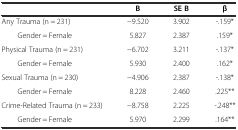
<table><thead><tr><td></td><td><b>B</b></td><td><b>SE B</b></td><td><b>β</b></td></tr></thead><tbody><tr><td>Any Trauma (n = 231)</td><td>−9.520</td><td>3.902</td><td>-.159*</td></tr><tr><td>Gender = Female</td><td>5.827</td><td>2.387</td><td>.159*</td></tr><tr><td>Physical Trauma (n = 231)</td><td>−6.702</td><td>3.211</td><td>-.137*</td></tr><tr><td>Gender = Female</td><td>5.930</td><td>2.400</td><td>.162*</td></tr><tr><td>Sexual Trauma (n = 230)</td><td>−4.906</td><td>2.387</td><td>-.138*</td></tr><tr><td>Gender = Female</td><td>8.228</td><td>2.460</td><td>.225**</td></tr><tr><td>Crime-Related Trauma (n = 233)</td><td>−8.758</td><td>2.225</td><td>-.248**</td></tr><tr><td>Gender = Female</td><td>5.970</td><td>2.299</td><td>.164**</td></tr></tbody></table>